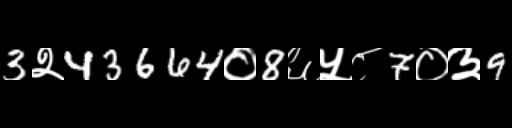
Text: 3२43664०8६५८7०३9